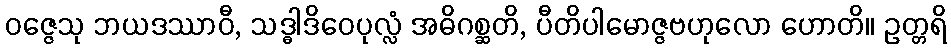
ဝဇ္ဇေသု ဘယဒဿာဝီ, သဒ္ဓါဒိဝေပုလ္လံ အဓိဂစ္ဆတိ, ပီတိပါမောဇ္ဇဗဟုလော ဟောတိ။ ဥတ္တရိ